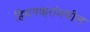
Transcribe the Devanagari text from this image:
हिमगव्हरांमधील